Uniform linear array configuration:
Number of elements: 24
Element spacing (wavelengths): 0.25
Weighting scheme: exponential
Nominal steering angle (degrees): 0
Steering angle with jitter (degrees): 1.721
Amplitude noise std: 0.05
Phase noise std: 0.05

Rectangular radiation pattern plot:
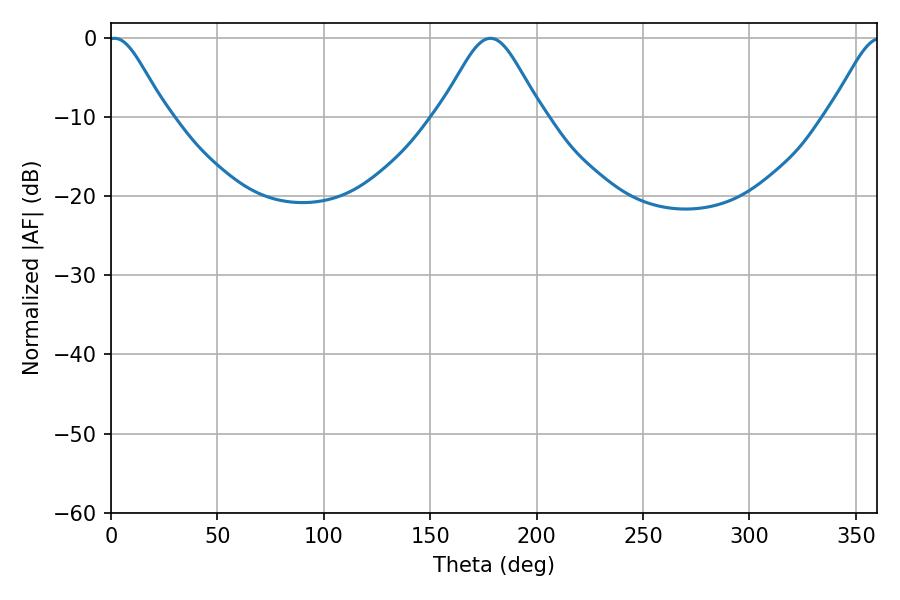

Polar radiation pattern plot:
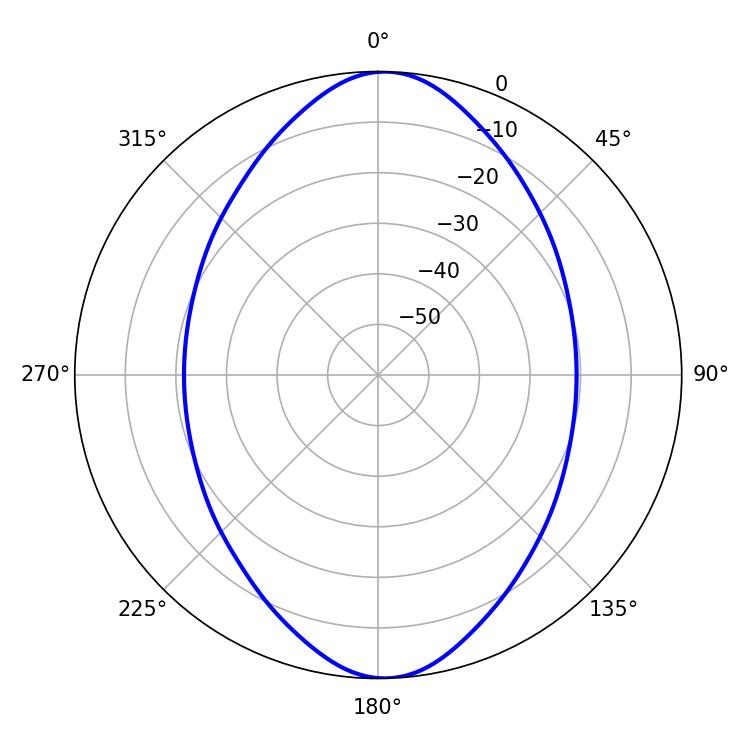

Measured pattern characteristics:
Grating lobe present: FALSE
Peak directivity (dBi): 17.87
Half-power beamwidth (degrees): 13.5
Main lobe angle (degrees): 1.62